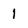
Character: 1